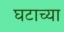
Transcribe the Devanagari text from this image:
घटाच्या